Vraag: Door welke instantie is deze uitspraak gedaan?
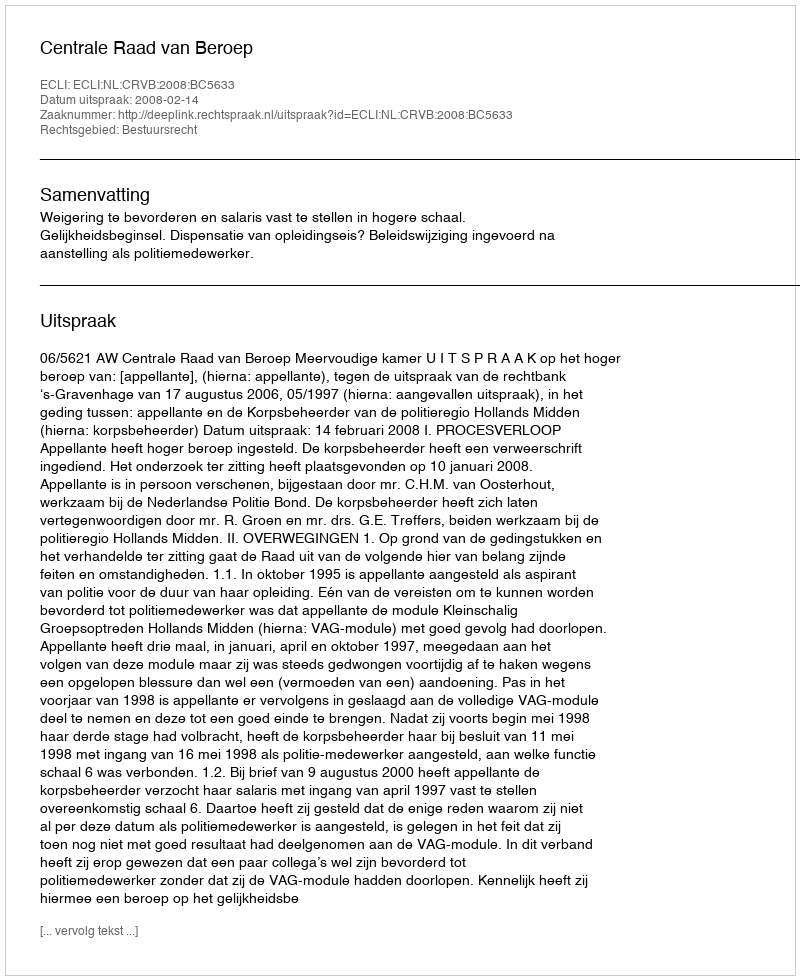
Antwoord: Centrale Raad van Beroep